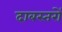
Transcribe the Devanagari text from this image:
दाबस्तरों